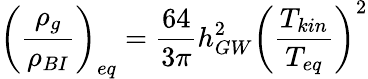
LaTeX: \left({\frac{\rho_{g}}{\rho_{BI}}}\right)_{eq}={\frac{64}{3\pi}}h_{GW}^{2}\left({\frac{T_{kin}}{T_{eq}}}\right)^{2}